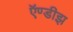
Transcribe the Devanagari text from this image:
ऍण्डीझ